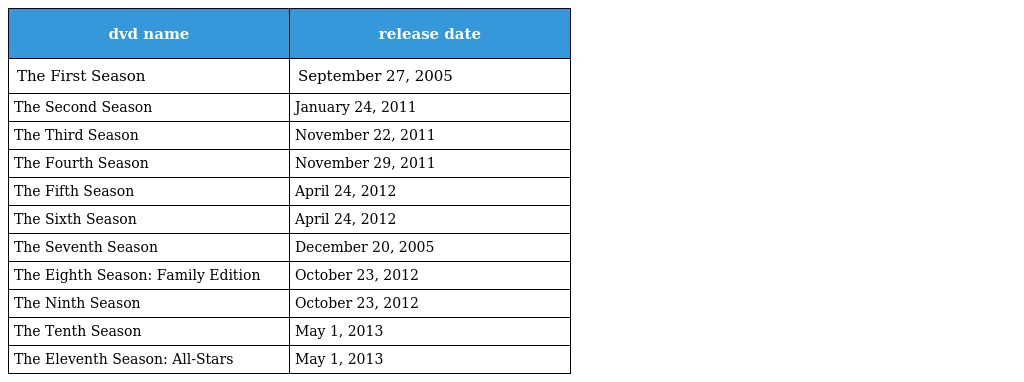
| dvd name | release date |
 | --- | --- |
 | The First Season | September 27, 2005 |
 | The Second Season | January 24, 2011 |
 | The Third Season | November 22, 2011 |
 | The Fourth Season | November 29, 2011 |
 | The Fifth Season | April 24, 2012 |
 | The Sixth Season | April 24, 2012 |
 | The Seventh Season | December 20, 2005 |
 | The Eighth Season: Family Edition | October 23, 2012 |
 | The Ninth Season | October 23, 2012 |
 | The Tenth Season | May 1, 2013 |
 | The Eleventh Season: All-Stars | May 1, 2013 |